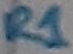
Text: R1